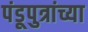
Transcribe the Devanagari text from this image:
पंडूपुत्रांच्या